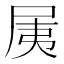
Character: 𡱐